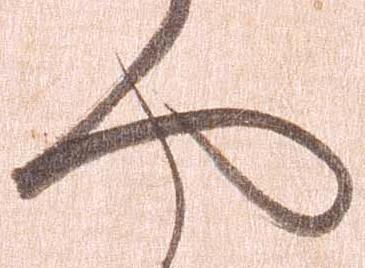
や